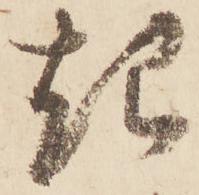
起